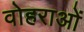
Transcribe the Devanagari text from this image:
वोहराओं